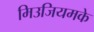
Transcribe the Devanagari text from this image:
मिउजियमके